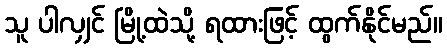
သူ ပါလျှင် မြို့ထဲသို့ ရထားဖြင့် ထွက်နိုင်မည်။